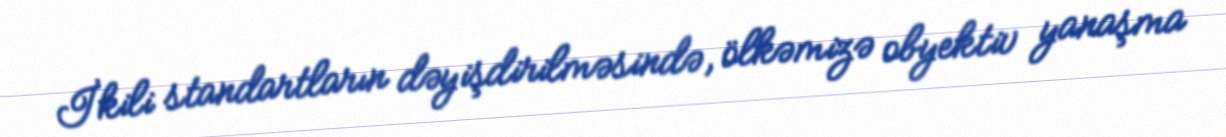
İkili standartların dəyişdirilməsində, ölkəmizə obyektiv yanaşma